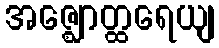
အဇ္ဈောတ္ထရေယျ